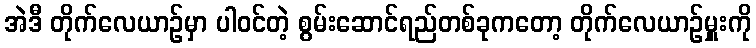
အဲဒီ တိုက်လေယာဉ်မှာ ပါဝင်တဲ့ စွမ်းဆောင်ရည်တစ်ခုကတော့ တိုက်လေယာဉ်မှူးကို